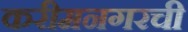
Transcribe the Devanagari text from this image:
करीमनगरची